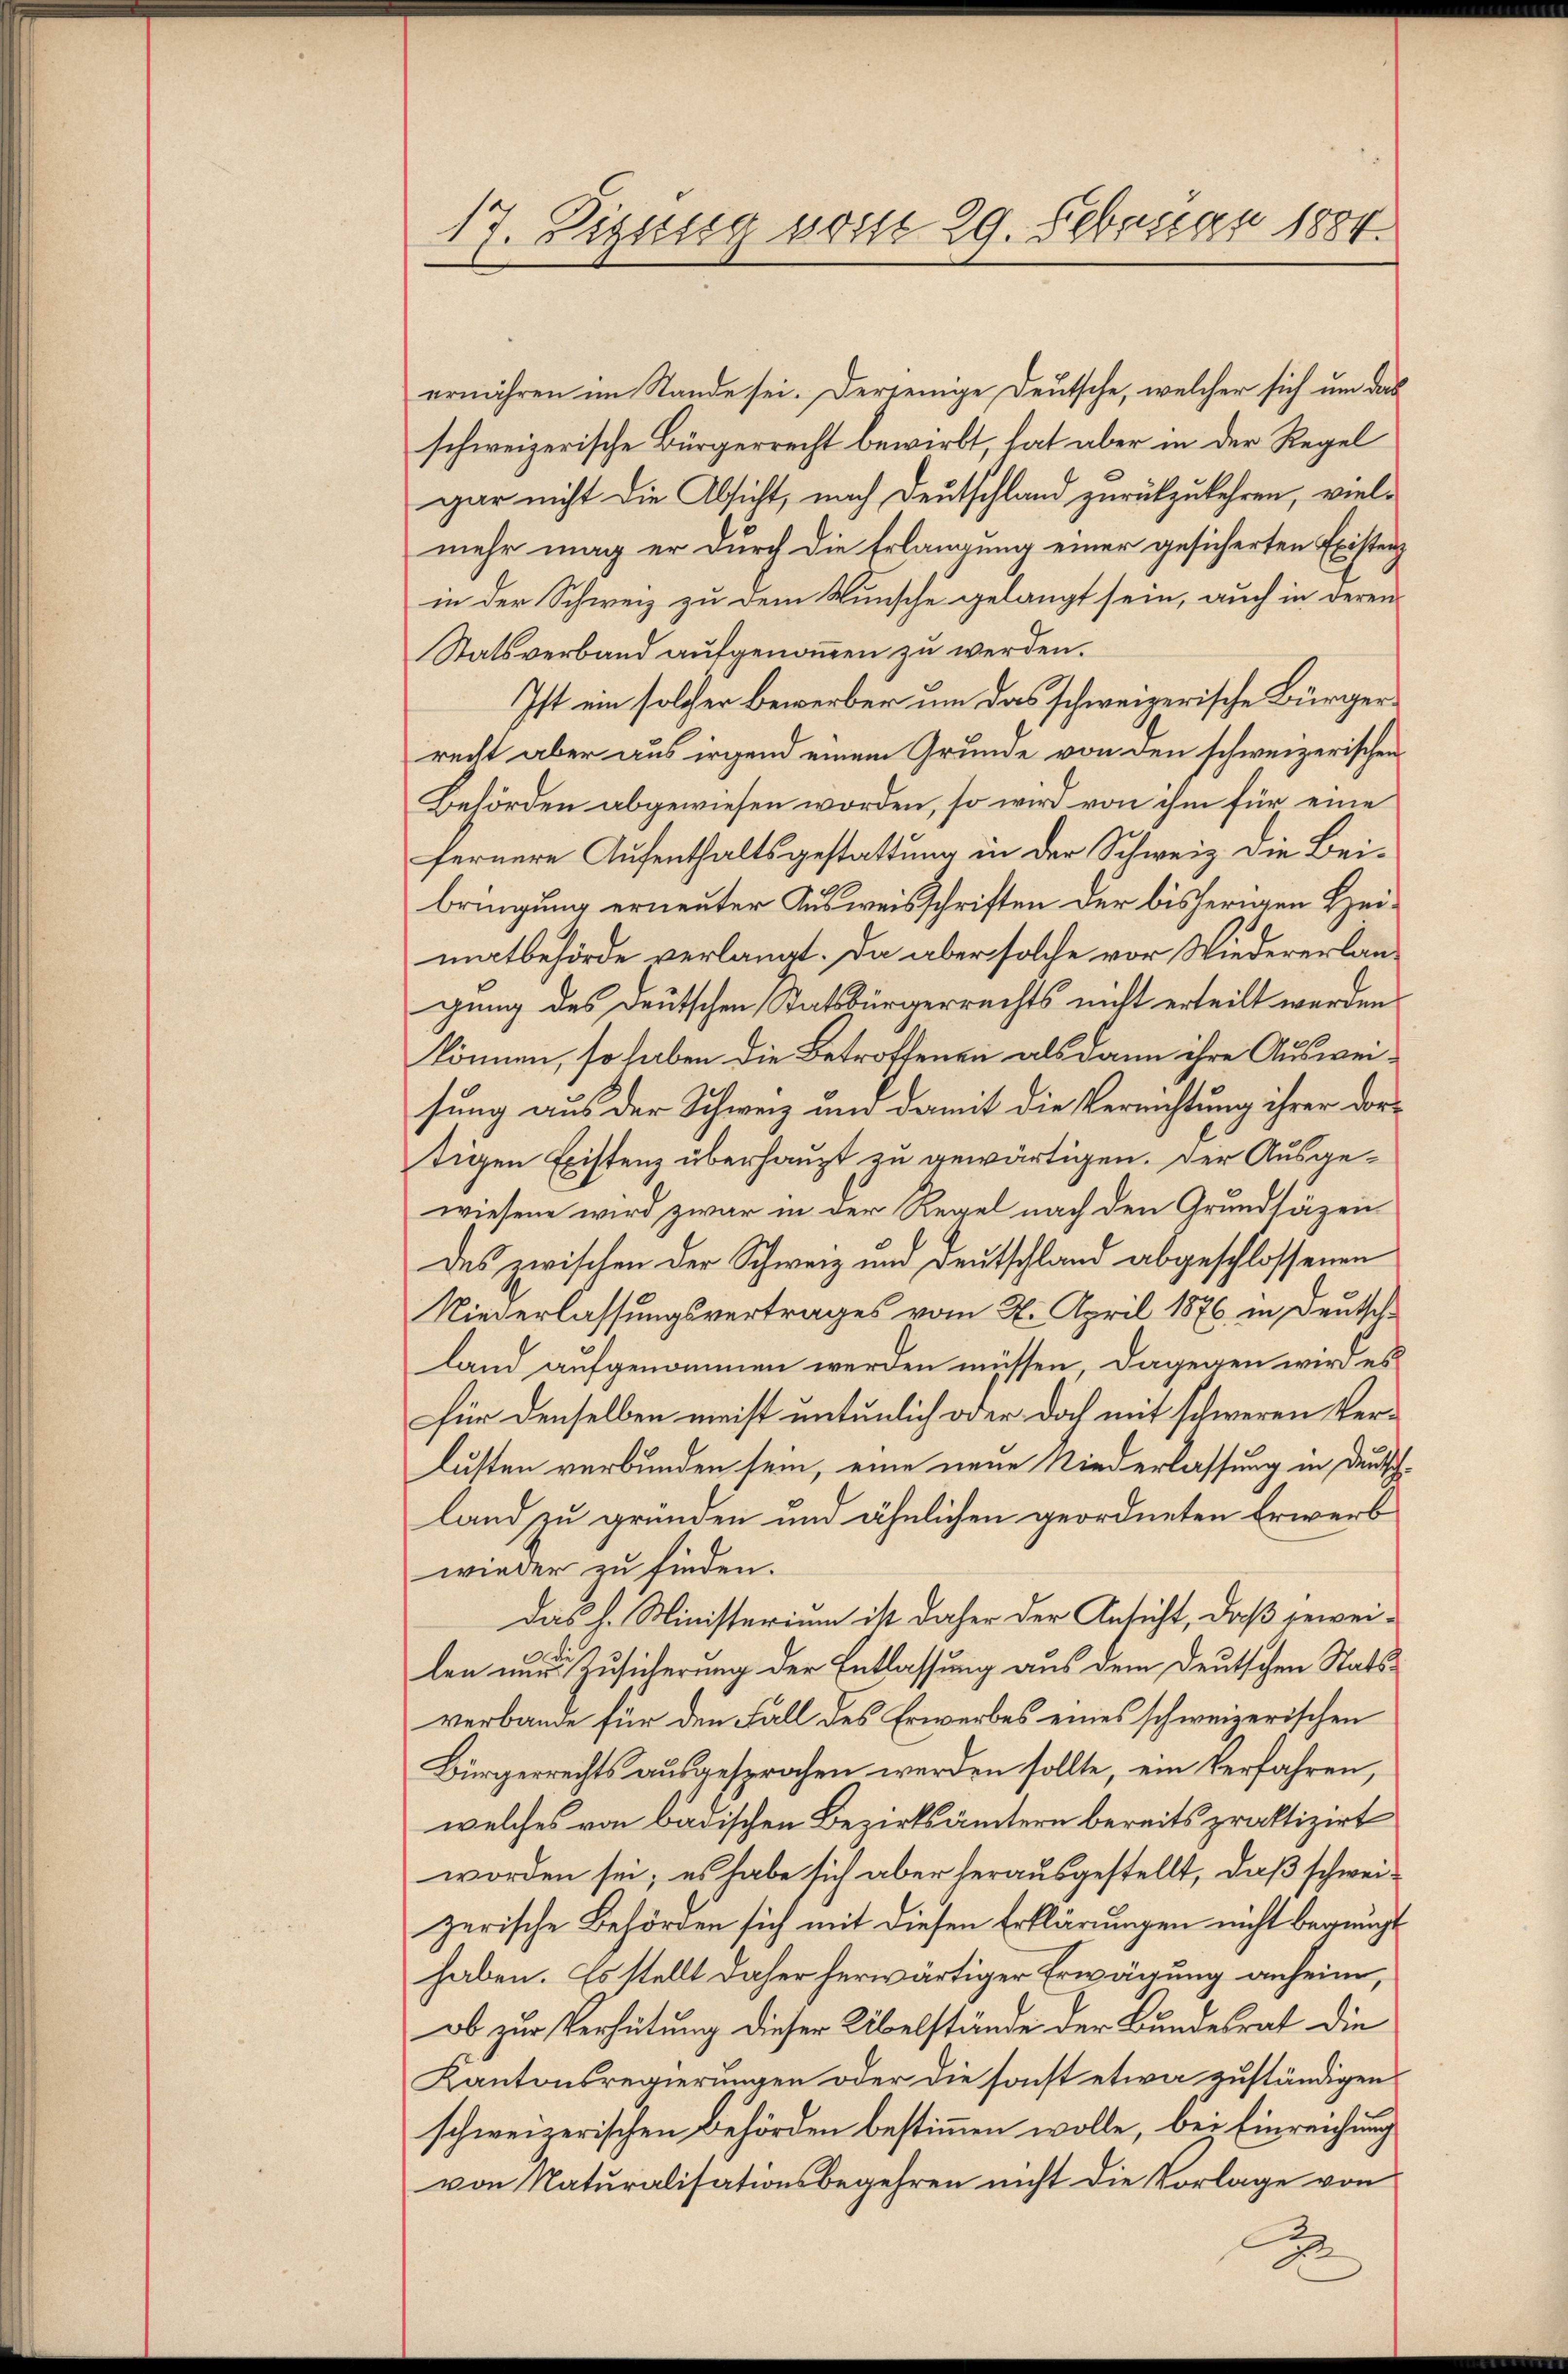
17. Sizung vom 29. Februar 1884.

ernähren im Stande sei. Derjenige Deutsche, welcher sich um das
schweizerische Bürgerrecht bewirkt, hat aber in der Regel
gar nicht die Absicht, nach Deutschland zurückzukehren, vielmehr mag er durch die Erlangung einer gesicherten Existenz
in der Schweiz zu dem Wunsche gelangt sein, auch in deren
Statsverband aufgenommen zu werden.
Ist ein solcher bewerber um das schweizerische Bürgerrecht aber aus irgend einem Grunde von den schweizerischen
Behörden abgewiesen worden, so wird von ihm für eine
fernere Aufenthaltsgestattung in der Schweiz die Beibringung erneuter Ausweisschriften der bisherigen Heimatbehörde verlangt. Da aber solche vor Wiedererlangung des Deutschen Ratsbürgerrechts nicht erteilt werden.
können, so haben die Betroffenen als dann ihre Ausweisung aus der Schweiz und damit die Verrichtung ihrer dortigen Existenz überhaupt zu gewärtigen. Der Ausgewiesene wird zwar in der Regel nach den Grundsäzen
Des zwischen der Schweiz und Deutschland abgeschlossenen
Niederlassungsvertrages vom 26. April 1876 in Deutsche
land aufgenommen werden müssen, dagegen wird es
für denselben meist untenlich oder doch mit schweren Verlusten verbunden sein, eine neue Niederlassung in Deutschland zu gründen und ähnlichen geordneten Erwerb
wieder zu finden.
das h. Ministerium ist daher der Ansicht, daß jeweilen nur Zusicherung der Entlassung aus dem deutschen Statsverbande für den Fall des Erwerbes eines schweizerischen
Bürgerrechts ausgesprochen werden sollte, ein Verfahren,
welches von badischen Bezirksämtern bereits praktizirt
worden sei; es habe sich aber herausgestellt, daß schweizerische Behörden sich mit diesen Erklärungen nicht begnügt
haben. Es stellt daher herwärtiger Erwägung anheim,
ob zur Verhütung dieser Übelstände der Bundesrat die
Kantonsregierungen oder die sonst etwa zuständigen
schweizerischen Behörden bestimmen wolle, bei Einreichung
von Naturalisationsbegehren nicht die Vorlage von
2